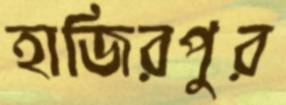
হাজিরপুর